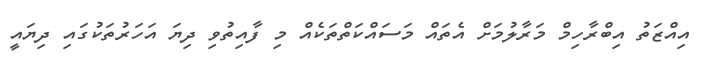
އިއްޒަތު އިބްރާހިމް މަރާލުމަށް އެތައް މަސައްކަތްތަކެއް މި ފާއިތުވި ދިޔަ އަހަރުތަކުގައި ދިޔައީ